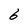
Character: 6